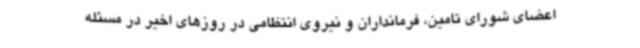
اعضای شورای تامین، فرمانداران و نیروی انتظامی در روزهای اخیر در مسئله